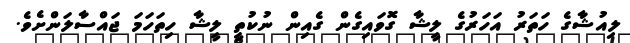
ލިއުޝާގެ ހަތަރު އަހަރުގެ ލީޝާ ގޮވައިގެން ގެއިން ނުކުތީ ލީޝާ ހިތަހަމަ ޖައްސާލަންށެވެ.